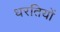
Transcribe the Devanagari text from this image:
धरतियों